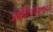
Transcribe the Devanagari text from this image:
जबकिऑनलाइन